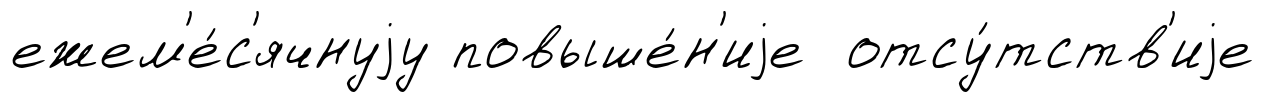
ежем'е́с'ячнуjу повыше́н'иjе отсу́тств'иjе